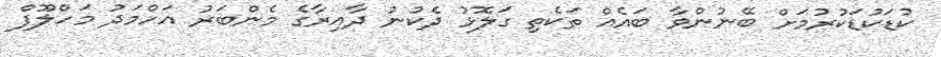
ކުޑަކުޑަކުރުމަށް ބޭނުންވާ ބައެއް ތަކެތި ގަލޮޅު ދެކުނު ދާއިރާގެ މެންބަރު އަހްމަދު މަހްލޫފް